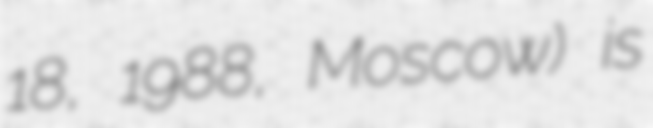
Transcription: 18, 1988, Moscow) is